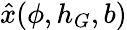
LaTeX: \hat{x}(\phi,h_{G},b)